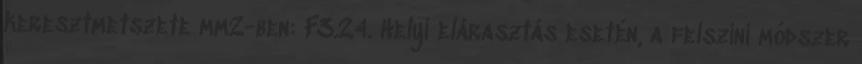
keresztmetszete mm2-ben: F3.24. Helyi elárasztás esetén, a felszíni módszer